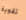
تقوية